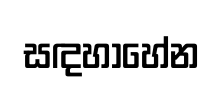
සඳහාහේන